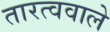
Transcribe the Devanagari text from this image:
तारत्ववाले